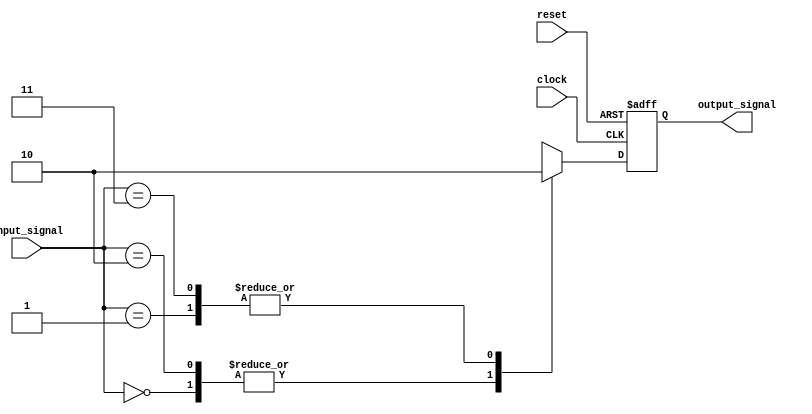
module parallel_case_statement(
    input wire [1:0] input_signal,
    input wire clock,
    input wire reset,
    output reg output_signal
);

always @(posedge clock or posedge reset) begin
    if (reset) begin
        output_signal <= 0;
    end else begin
        case(input_signal)
            2'b00: begin
                // Code block for case 00
                output_signal <= 1;
            end
            2'b01: begin
                // Code block for case 01
                output_signal <= 0;
            end
            2'b10: begin
                // Code block for case 10
                output_signal <= 1;
            end
            2'b11: begin
                // Code block for case 11
                output_signal <= 0;
            end
        endcase
    end
end

endmodule